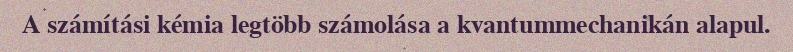
A számítási kémia legtöbb számolása a kvantummechanikán alapul.